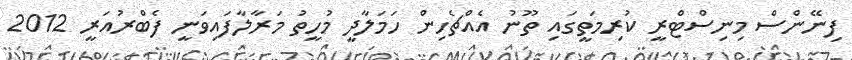
ފިނޭންސް މިނިސްޓްރީ ކުރިމަތީގައި ތޫނު އެއްޗެހިން ހަމަލާދީ މުހީތު މަރާލާފައިވަނީ ފެބްރުއަރީ 2012